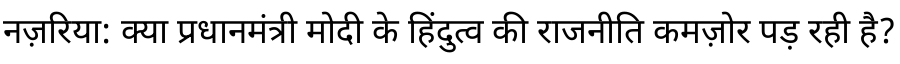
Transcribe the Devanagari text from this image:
नज़रिया: क्या प्रधानमंत्री मोदी के हिंदुत्व की राजनीति कमज़ोर पड़ रही है?